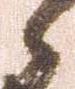
之